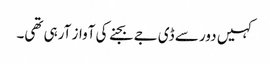
کہیں دور سے ڈی جے بجنے کی آواز آرہی تھی۔